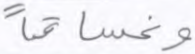
وغساقا